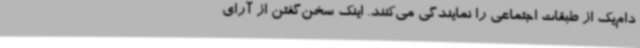
دام‌یک از طبقات اجتماعی را نمایندگی می‌کنند. اینک سخن‌گفتن از آرای